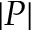
| P |